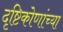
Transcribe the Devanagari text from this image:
दृष्टिकोणांच्या